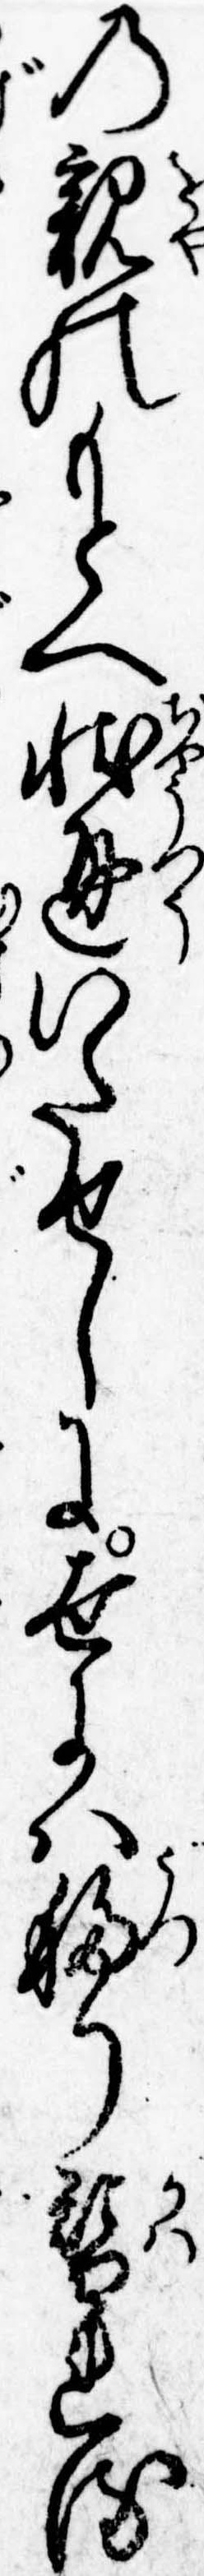
の親のもとへ状通いたせしに世には移り替れる